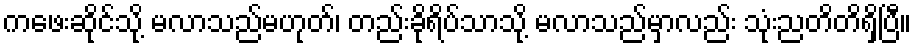
ကဖေးဆိုင်သို့ မလာသည်မဟုတ်၊ တည်းခိုရိပ်သာသို့ မလာသည်မှာလည်း သုံးညတိတိရှိပြီ။